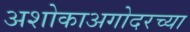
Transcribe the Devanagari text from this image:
अशोकाअगोदरच्या